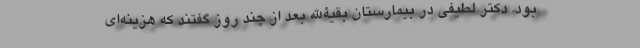
بود. دکتر لطیفی در بیمارستان بقیةالله بعد از چند روز گفتند که هزینه‌ای